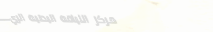
مركز اللياقة البدنية الري